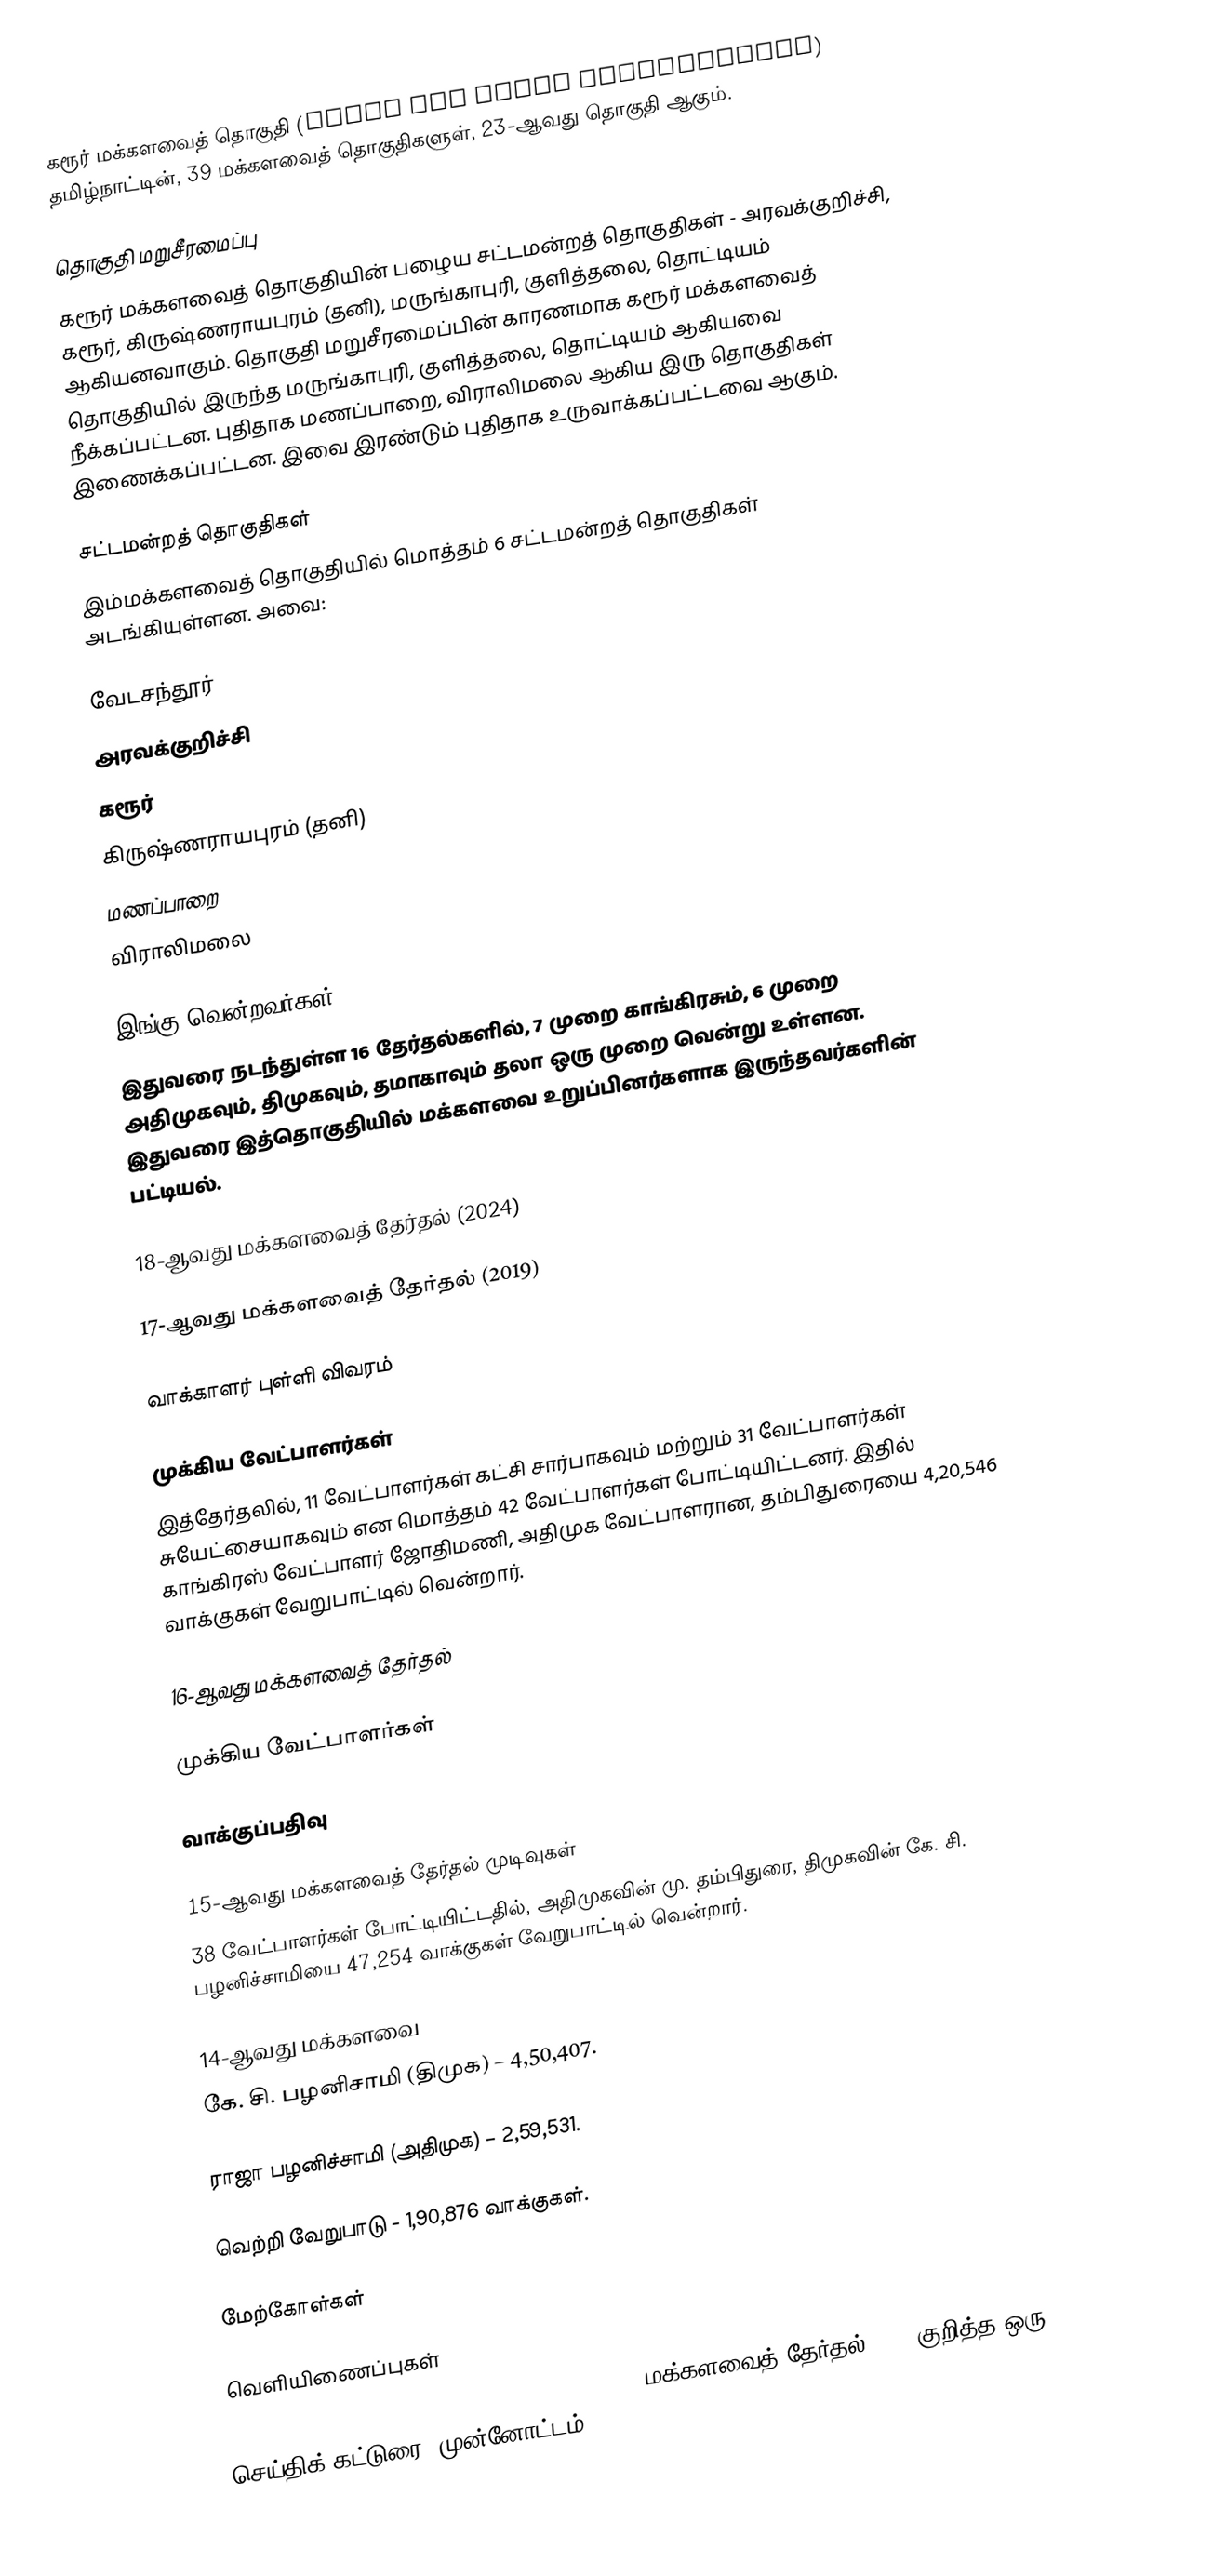
கரூர் மக்களவைத் தொகுதி (Karur Lok Sabha constituency) தமிழ்நாட்டின், 39 மக்களவைத் தொகுதிகளுள், 23-ஆவது தொகுதி ஆகும்.

தொகுதி மறுசீரமைப்பு
கரூர் மக்களவைத் தொகுதியின் பழைய சட்டமன்றத் தொகுதிகள் - அரவக்குறிச்சி, கரூர், கிருஷ்ணராயபுரம் (தனி), மருங்காபுரி, குளித்தலை, தொட்டியம் ஆகியனவாகும். தொகுதி மறுசீரமைப்பின் காரணமாக கரூர் மக்களவைத் தொகுதியில் இருந்த மருங்காபுரி, குளித்தலை, தொட்டியம் ஆகியவை நீக்கப்பட்டன. புதிதாக மணப்பாறை, விராலிமலை ஆகிய இரு தொகுதிகள் இணைக்கப்பட்டன. இவை இரண்டும் புதிதாக உருவாக்கப்பட்டவை ஆகும்.

சட்டமன்றத் தொகுதிகள்
இம்மக்களவைத் தொகுதியில் மொத்தம் 6 சட்டமன்றத் தொகுதிகள் அடங்கியுள்ளன. அவை:

 வேடசந்தூர்
 அரவக்குறிச்சி
 கரூர்
 கிருஷ்ணராயபுரம் (தனி)
 மணப்பாறை
 விராலிமலை

இங்கு வென்றவர்கள்
இதுவரை நடந்துள்ள 16 தேர்தல்களில், 7 முறை காங்கிரசும், 6 முறை அதிமுகவும், திமுகவும், தமாகாவும் தலா ஒரு முறை வென்று உள்ளன. இதுவரை இத்தொகுதியில் மக்களவை உறுப்பினர்களாக இருந்தவர்களின் பட்டியல்.

18-ஆவது மக்களவைத் தேர்தல் (2024)

17-ஆவது மக்களவைத் தேர்தல் (2019)

வாக்காளர் புள்ளி விவரம்

முக்கிய வேட்பாளர்கள்
இத்தேர்தலில், 11 வேட்பாளர்கள் கட்சி சார்பாகவும் மற்றும் 31 வேட்பாளர்கள் சுயேட்சையாகவும் என மொத்தம் 42 வேட்பாளர்கள் போட்டியிட்டனர். இதில் காங்கிரஸ் வேட்பாளர் ஜோதிமணி, அதிமுக வேட்பாளரான, தம்பிதுரையை 4,20,546 வாக்குகள் வேறுபாட்டில் வென்றார்.

16-ஆவது மக்களவைத் தேர்தல்

முக்கிய வேட்பாளர்கள்

வாக்குப்பதிவு

15-ஆவது மக்களவைத் தேர்தல் முடிவுகள்
38 வேட்பாளர்கள் போட்டியிட்டதில், அதிமுகவின் மு. தம்பிதுரை, திமுகவின் கே. சி. பழனிச்சாமியை 47,254 வாக்குகள் வேறுபாட்டில் வென்றார்.

14-ஆவது மக்களவை
கே. சி. பழனிசாமி (திமுக) – 4,50,407.

ராஜா பழனிச்சாமி (அதிமுக) – 2,59,531.

வெற்றி வேறுபாடு - 1,90,876 வாக்குகள்.

மேற்கோள்கள்

வெளியிணைப்புகள்
 Karur gears up for director AIADMK-DMK fight - மக்களவைத் தேர்தல் 2014 குறித்த ஒரு செய்திக் கட்டுரை (முன்னோட்டம்)